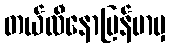
တယ်လီနောမြန်မာမှ